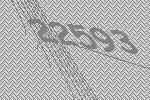
22593